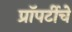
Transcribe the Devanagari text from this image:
प्रॉपर्टीचे